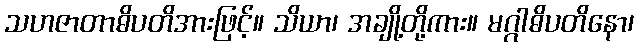
သဟဇာတာဓိပတိအားဖြင့်။ သိယာ၊ အချို့တို့ကား။ မဂ္ဂါဓိပတိနော၊